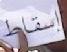
إسقاط